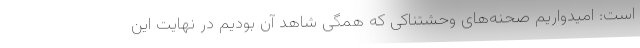
است: امیدواریم صحنه‌های وحشتناکی که همگی شاهد آن بودیم در نهایت این